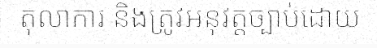
តុលាការ និងត្រូវអនុវត្តច្បាប់ដោយ